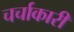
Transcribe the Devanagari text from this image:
चर्चाकारी